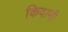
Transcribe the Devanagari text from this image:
किवानी